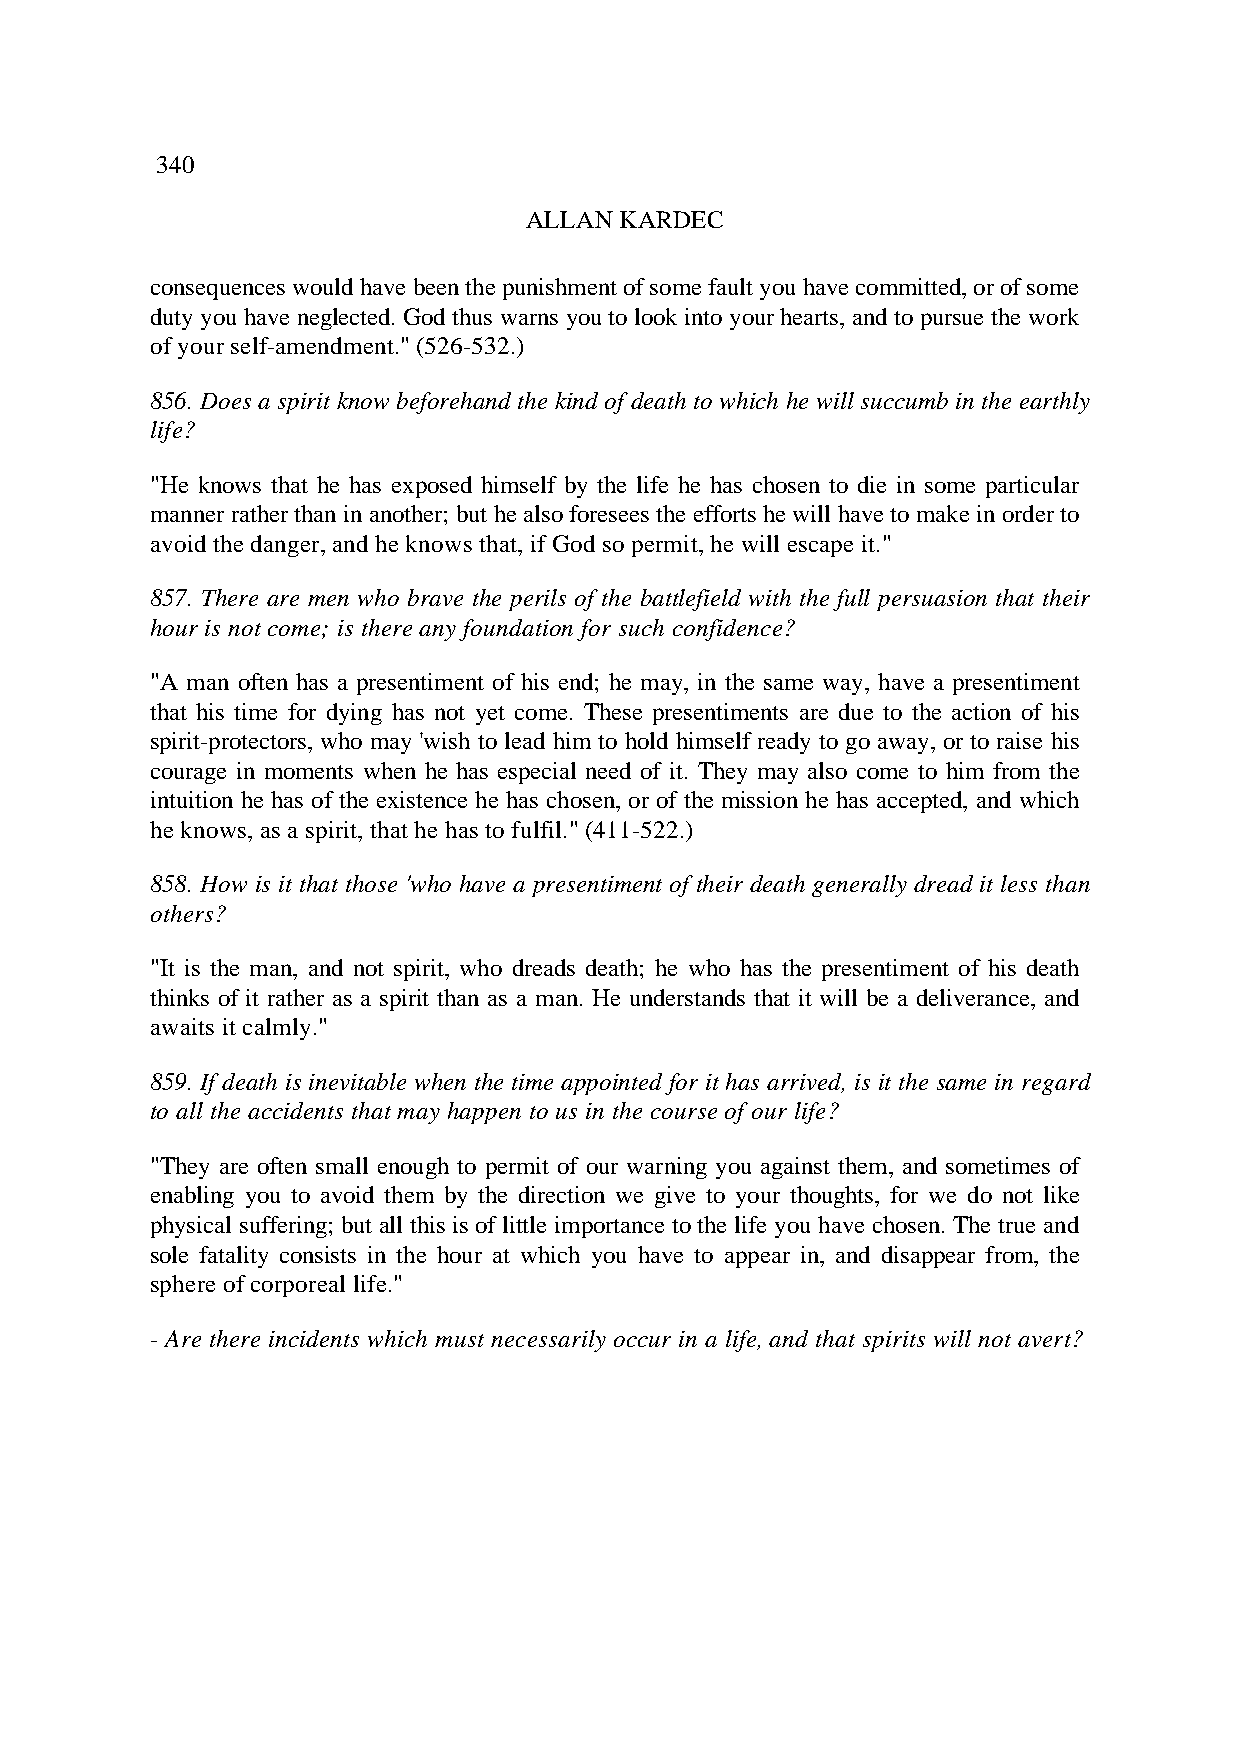
340
 ALLAN KARDEC
 consequences would have been the punishment of some fault you have committed, or of some
 duty you have neglected. God thus warns you to look into your hearts, and to pursue the work
 of your self-amendment." (526-532.)
 856. Does a spirit know beforehand the kind of death to which he will succumb in the earthly
 life?
 "He knows that he has exposed himself by the life he has chosen to die in some particular
 manner rather than in another; but he also foresees the efforts he will have to make in order to
 avoid the danger, and he knows that, if God so permit, he will escape it."
 857. There are men who brave the perils of the battlefield with the full persuasion that their
 hour is not come; is there any foundation for such confidence?
 "A man often has a presentiment of his end; he may, in the same way, have a presentiment
 that his time for dying has not yet come. These presentiments are due to the action of his
 spirit-protectors, who may 'wish to lead him to hold himself ready to go away, or to raise his
 courage in moments when he has especial need of it. They may also come to him from the
 intuition he has of the existence he has chosen, or of the mission he has accepted, and which
 he knows, as a spirit, that he has to fulfil." (411-522.)
 858. How is it that those 'who have a presentiment of their death generally dread it less than
 others?
 "It is the man, and not spirit, who dreads death; he who has the presentiment of his death
 thinks of it rather as a spirit than as a man. He understands that it will be a deliverance, and
 awaits it calmly."
 859. If death is inevitable when the time appointed for it has arrived, is it the same in regard
 to all the accidents that may happen to us in the course of our life?
 "They are often small enough to permit of our warning you against them, and sometimes of
 enabling you to avoid them by the direction we give to your thoughts, for we do not like
 physical suffering; but all this is of little importance to the life you have chosen. The true and
 sole fatality consists in the hour at which you have to appear in, and disappear from, the
 sphere of corporeal life."
 - Are there incidents which must necessarily occur in a life, and that spirits will not avert?